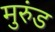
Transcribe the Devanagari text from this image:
मुरुंड